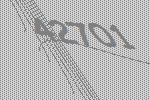
42701